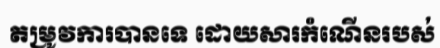
តម្រូវការបានទេ ដោយសារកំណើនរបស់